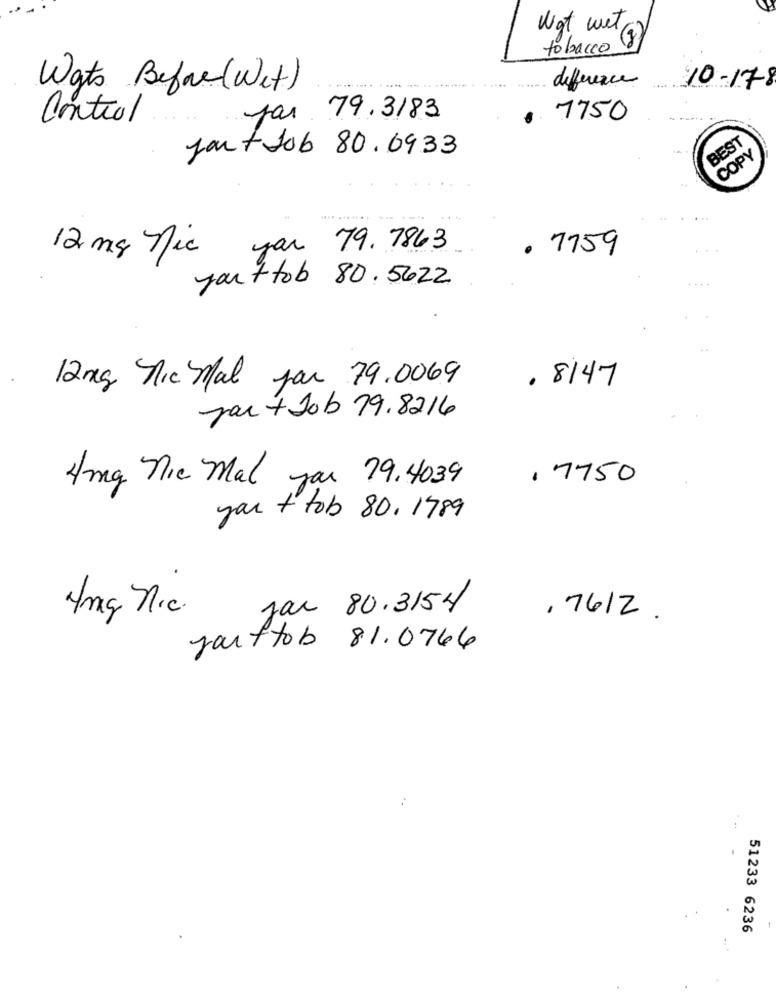
Wgt wet a)
(3)
tobacco
Wats Before(Wet)
difference
10-178
Control
Jar 79. 3183
7750
BEST
JantJob 80.6933
COPY
yar 79. 7863
. 7759
12 mg Nic
yanttob 80.5622
....
. 8147
12kg Tic Mal par 79.0069
Jan + Job 79.8216
. 7750
4mg Nic Mal yar 79.4039
yar + tob 80, 1789
4mg n.c.
Jar 80.3154
.7612.
Jarttob 81.0766
51233 6236